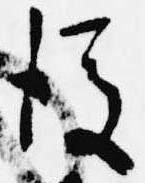
後